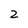
Character: z